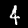
Digit: 4